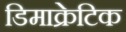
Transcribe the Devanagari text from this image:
डिमाक्रेटिक